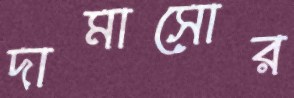
দামাসোর